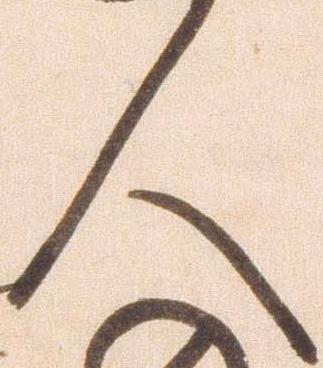
人